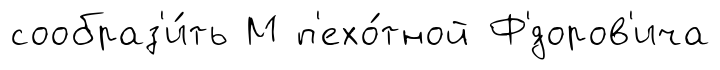
сообраз'и́ть М п'ехо́тной Ф'́доров'ича